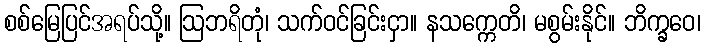
စစ်မြေပြင်အရပ်သို့။ ဩဘရိတုံ၊ သက်ဝင်ခြင်းငှာ။ နသက္ကေတိ၊ မစွမ်းနိုင်။ ဘိက္ခဝေ၊